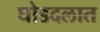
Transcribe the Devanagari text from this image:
घोडदलात